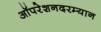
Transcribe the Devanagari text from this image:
ऑपरेशनदरम्यान